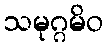
သမုဂ္ဂမိဝ